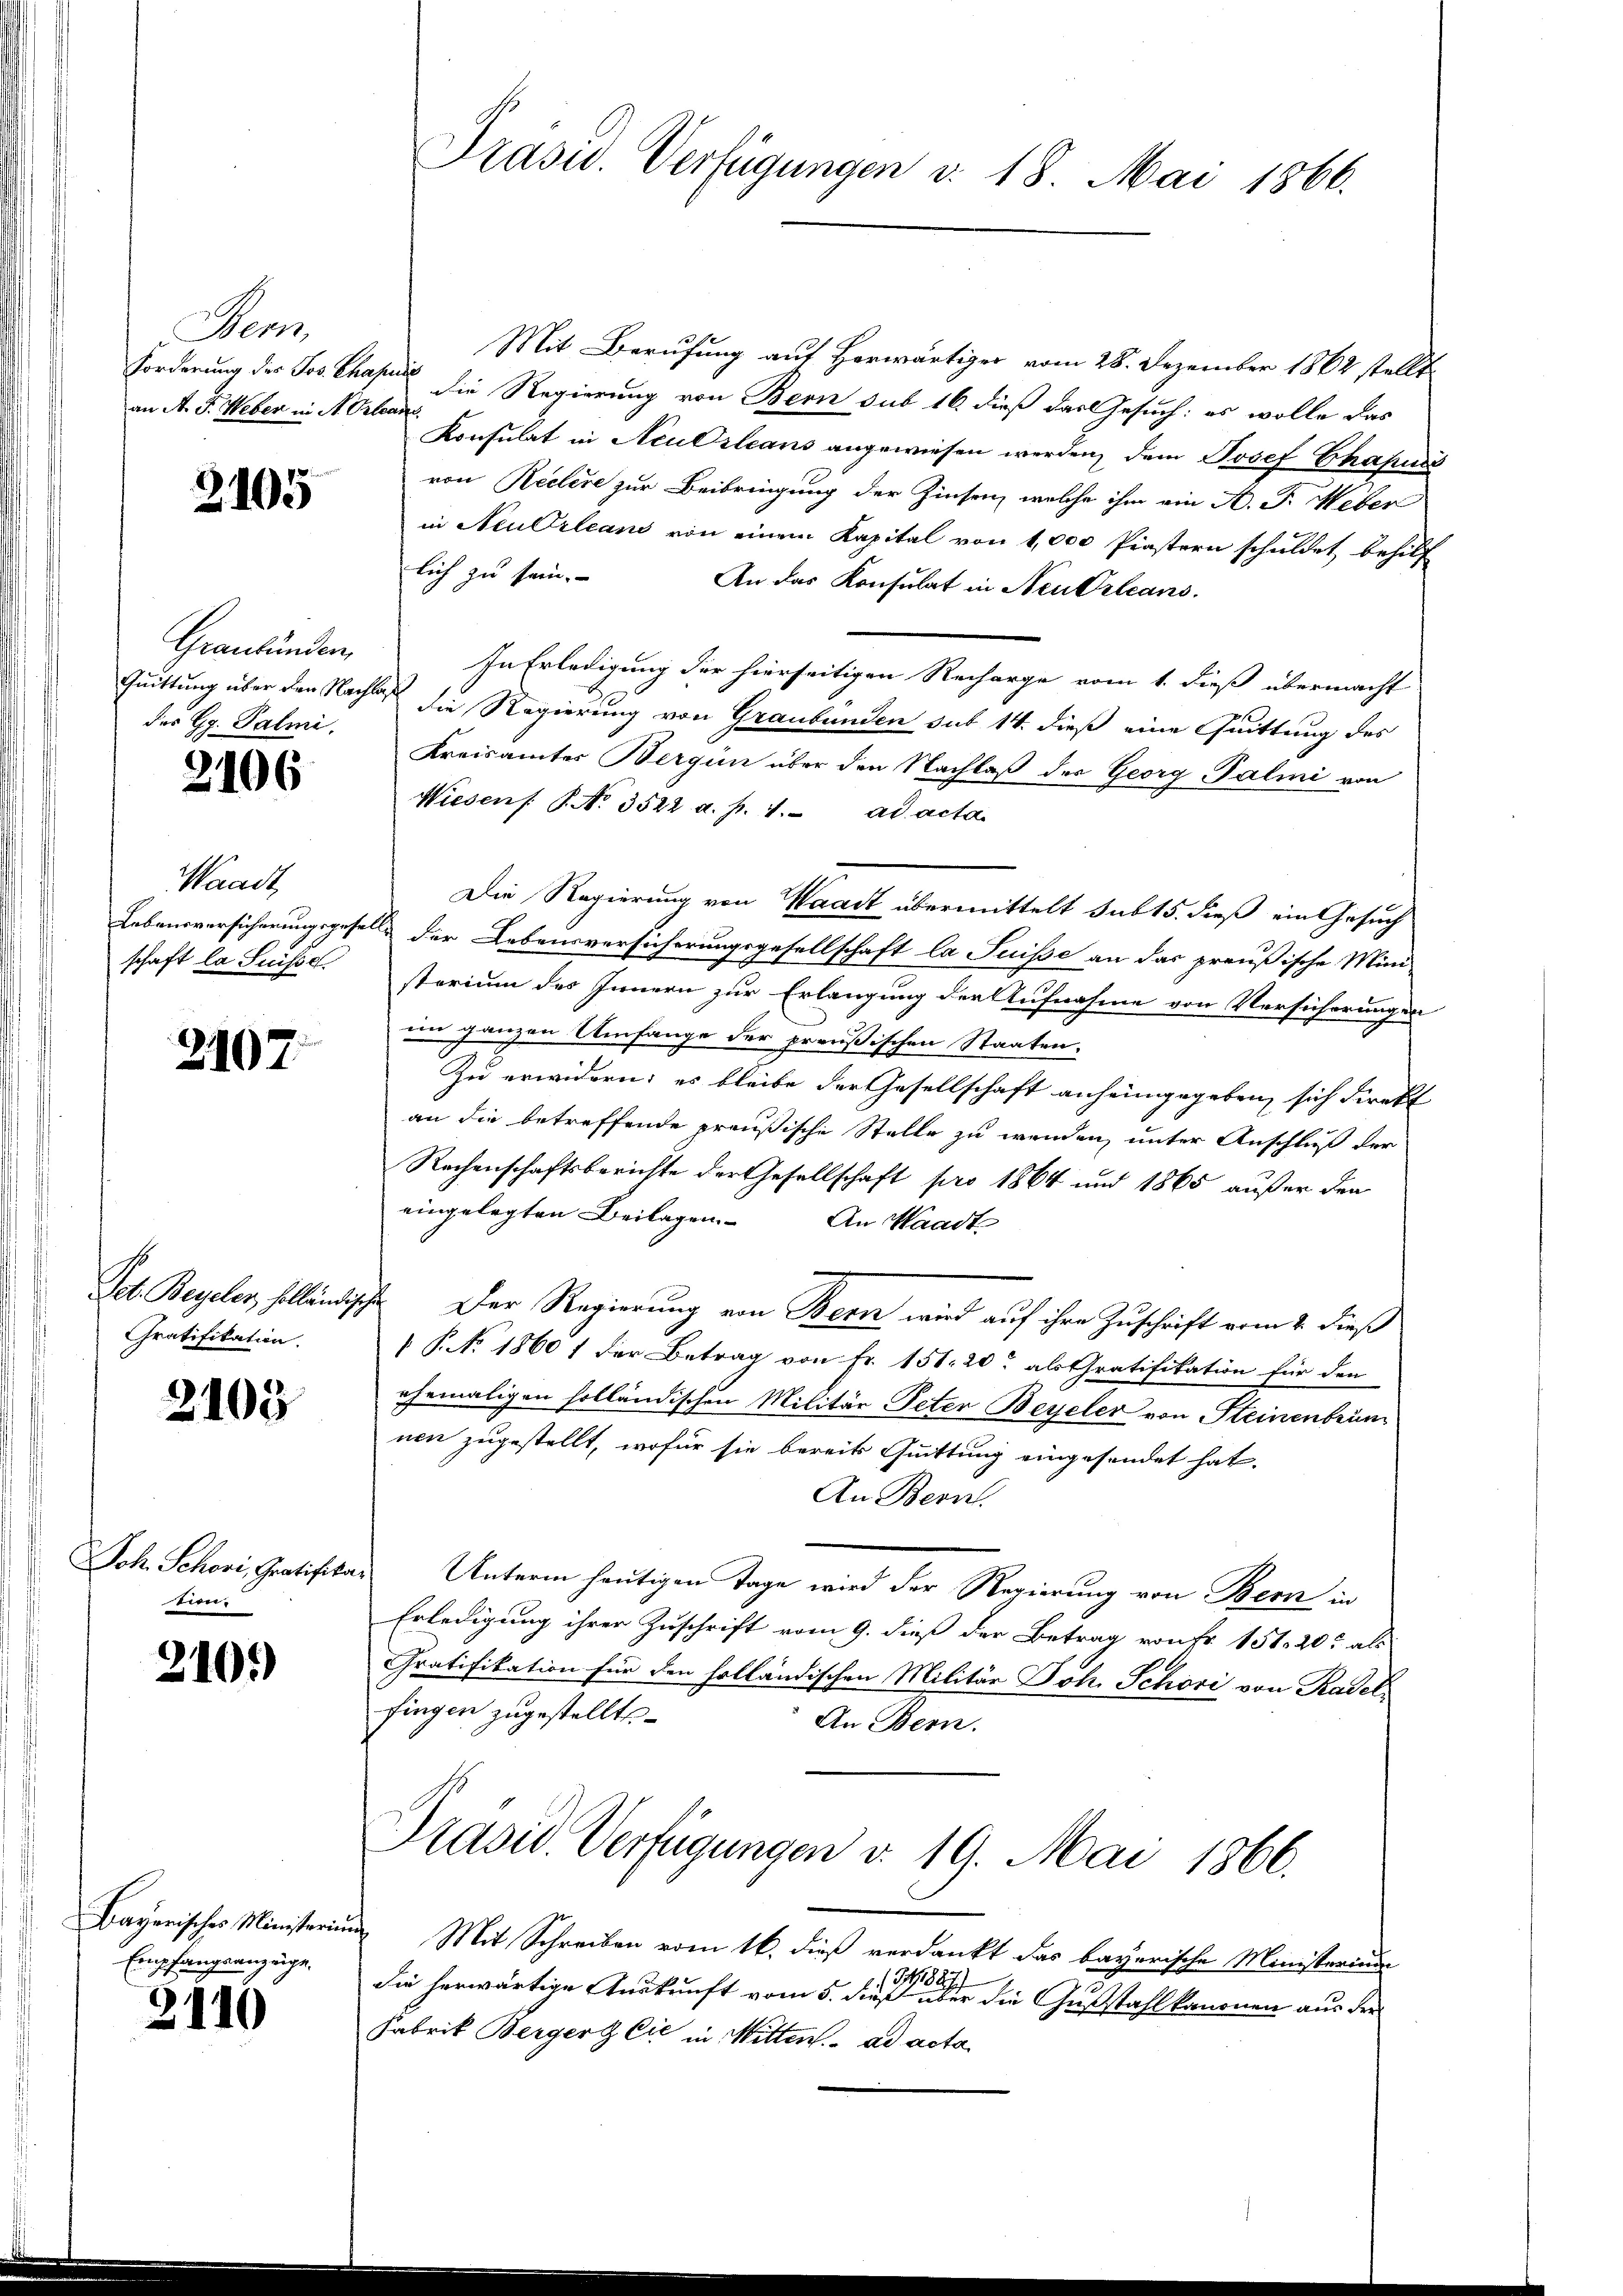
Bern,
an A. F. Weber in St. Orlean

2105

Graubünden,
des Gg. Palmi.

2106

Waadt,
schaft la Suisse

2107.

Gratifikation.

2103

Joh. Schori, Gratifika
tern.

2101)

Bayerisches Ministerium
Empfangsanzüge.

2110

Prasid. Verfügungen v. 18. Mai 1866.

Mit Berufung auf Horwärtiger vom 28. Dezember 1862 stellt
Forderung der Jos. Chasse die Regierung von Bern sub 16 dieß das Gesuch: es wolle das
Konsulat in Aeussleans angewiesen werden, dem Josef Chapus
von Reclere zur Beibringung der Zinsen, welche ihm ein A. F. Weber
in Neu Orleans von einem Kapital von 1,000 Piastern schuldet behilf
lich zu sein.
An das Konsulat in Neutrleans
In Erledigung der hierseitigen Recharge vom 1. dieß übermacht
Quittung über den Nachlas die Regierung von Graubünden sub 14. dieß eine Quittung des
Kreisamter Bergün über den Nachlaß der Georg Palini von
Wiesens. P. No. 3522 a. p. 4. ad acta
Die Regierung von Waadt übermittelt sub 15. dieß ein Gesuch
Lebensversicherungsgese & der Lebensversicherungsgesellschaft la Suisse an das preußische Mini-
sterium des Innern zur Erlangung der Aufnahme von Versicherungen
im ganzen Umfange der preußischen Staaten.
Zu erwidern; es bleibe der Gesellschaft anheimgegeben, sich direkt
an die betreffende preußische Stelle zu wenden, unter Anschluß der
Rechenschaftsberichte der Gesellschaft pro 1864 und 1865 außer den
eingelegten Beilagen. An Waadt
Job. Beyeler, holländischen. Der Regierung von Bern wird auf ihre Zuschrift vom 2. dieß
 P. No. 1860 1 der Betrag von Fr. 151. 20. als Gratifikation für den
ehemaligen holländischen Militär Peter Beyeler von Steinenbrün
nen zugestellt, wofür sie bereits Quittung eingesendet hat.
An Bern.
i
Unterm heutigen Tage wird der Regierung von Bern in
Erledigung ihrer Zuschrift vom 9. dieß der Betrag von Fr. 151. 20. als
Gratifikation für den holländischen Militär Joh. Schöri von Radel
fingen zugestellte
An Bern.
Präsid. Verfügungen v. 19. Mai 1866.
 Mit Schreiben vom 16. dieß verdankt das bayerische Ministerium
31/1827
die herwärtige Auskunft vom 5. dieß über die Gußstahl kanonen aus der
Fabrik Berger & Cie in Mitten. ad acta